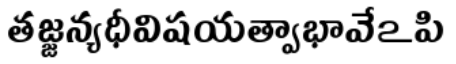
తజ్జన్యధీవిషయత్వాభావేఽపి